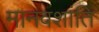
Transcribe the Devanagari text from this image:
मानवशांति